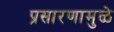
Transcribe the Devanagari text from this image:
प्रसारणामुळे